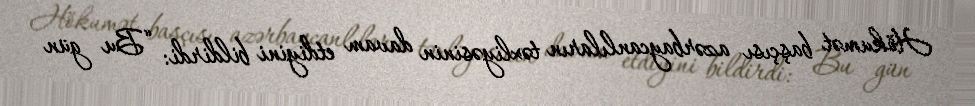
Hökumət başçısı azərbaycanlıların təxliyəsinin davam etdiyini bildirdi: “Bu gün